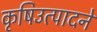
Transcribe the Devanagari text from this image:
कृषिउत्पादने